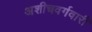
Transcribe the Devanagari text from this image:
अशीचवर्गवारी